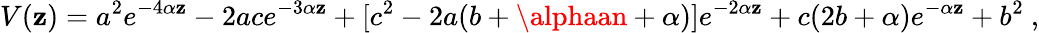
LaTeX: V(\mathbf{z})=a^{2}e^{-4\alpha\mathbf{z}}-2ace^{-3\alpha\mathbf{z}}+[c^{2}-2a(b+\alphaan+\alpha)]e^{-2\alpha\mathbf{z}}+c(2b+\alpha)e^{-\alpha\mathbf{z}}+b^{2}\ ,